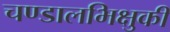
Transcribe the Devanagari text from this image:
चण्डालभिक्षुकी